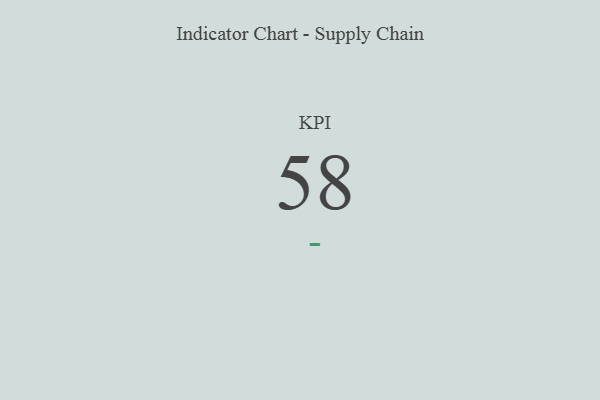
{"axis": {"x": "KPI", "y": "Value"}, "legend": [""], "data": [{"x": "KPI", "y": 58, "type": ""}]}